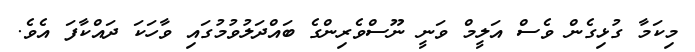
މިކަމާ ގުޅިގެން ވެސް އަލީމް ވަނީ ނޫސްވެރިންގެ ބައްދަލުވުމުގައި ވާހަކަ ދައްކާފަ އެވެ.